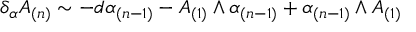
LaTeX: \delta _ { \alpha } A _ { ( n ) } \sim - d \alpha _ { ( n - 1 ) } - A _ { ( 1 ) } \wedge \alpha _ { ( n - 1 ) } + \alpha _ { ( n - 1 ) } \wedge A _ { ( 1 ) }